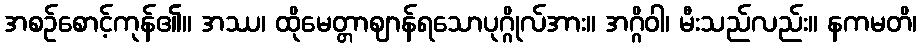
အစဉ်စောင့်ကုန်၏။ အဿ၊ ထိုမေတ္တာဈာန်ရသောပုဂ္ဂိုလ်အား။ အဂ္ဂိဝါ၊ မီးသည်လည်း။ နကမတိ၊